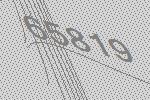
65819